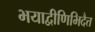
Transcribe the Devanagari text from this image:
भयाद्वीणिभिदैत्त